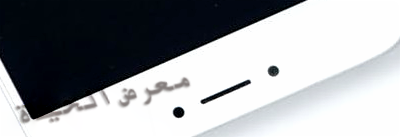
معرض الحياة